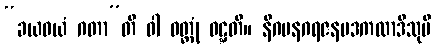
“ခယဝယံ ဂတာ”တိ ဝါ ဝတ္တုံ ဝဋ္ဋတိ။ နိဂမနဂရဇနပဒကထာဒီသုပိ